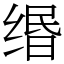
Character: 缗